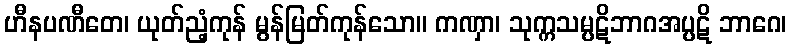
ဟီနပဏီတေ၊ ယုတ်ညံ့ကုန် မွန်မြတ်ကုန်သော။ ကဏှာ၊ သုက္ကသမ္ပဋိဘာဂအပ္ပဋိ ဘာဂေ၊